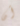
أن